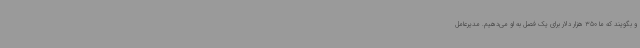
و بگویند که ما 350 هزار دلار برای یک فصل به او می‌دهیم. مدیرعامل